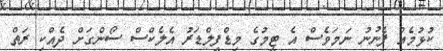
ކުޅުމެއް ފެނުނު ނަމަވެސް އެ ޓީމުގެ މިޑްފީލްޑަރު އެލެކްސް ސޯންގަށް ދެއްކި ރަތް